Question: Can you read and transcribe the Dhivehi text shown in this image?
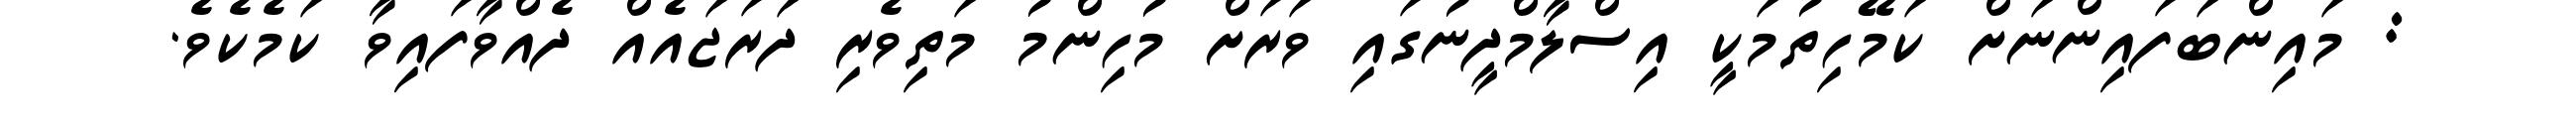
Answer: : މައިންބަފައިންނަށް ކަމޭހިތުމަކީ އިސްލާމްދީނުގައި ވަރަށް މުހިންމު މަތިވެރި ދަރަޖައެއް ދެއްވާފައިވާ ކަމެކެވެ.